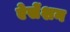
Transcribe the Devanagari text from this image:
ऐसेंशन